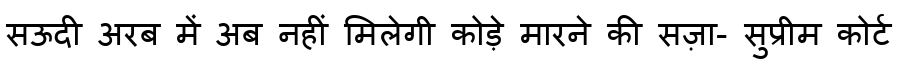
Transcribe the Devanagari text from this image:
सऊदी अरब में अब नहीं मिलेगी कोड़े मारने की सज़ा- सुप्रीम कोर्ट